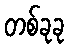
တစ်ခုခု